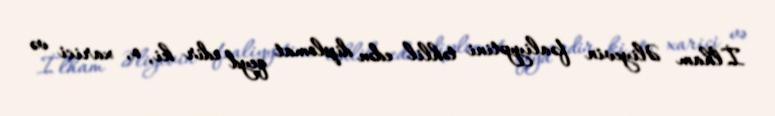
İlham Əliyevin fəaliyyətini təhlil edən diplomat qeyd edir ki, o, xarici və